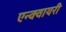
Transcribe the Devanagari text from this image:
एन्क्वायरी